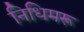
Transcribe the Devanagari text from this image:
निधिमरू